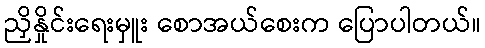
ညှိနှိုင်းရေးမှူး စောအယ်စေးက ပြောပါတယ်။